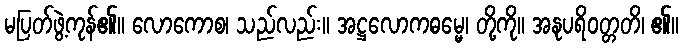
မပြတ်ဖွဲ့ကုန်၏။ လောကောစ၊ သည်လည်း။ အဋ္ဌလောကဓမ္မေ၊ တို့ကို။ အနုပရိဝတ္တတိ၊ ၏။